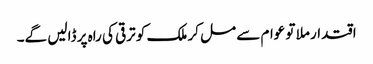
اقتدار ملا تو عوام سے مل کر ملک کو ترقی کی راہ پر ڈالیں گے۔